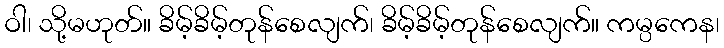
ဝါ၊ သို့မဟုတ်။ ခိမ့်ခိမ့်တုန်စေလျက်၊ ခိမ့်ခိမ့်တုန်စေလျက်။ ကမ္ပကေန၊